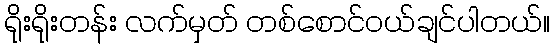
ရိုးရိုးတန်း လက်မှတ် တစ်စောင်ဝယ်ချင်ပါတယ်။